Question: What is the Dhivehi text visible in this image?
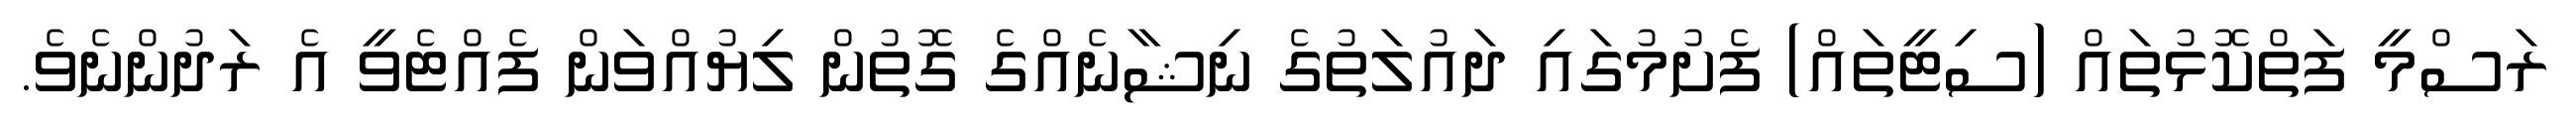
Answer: ރަސްމީ ފަތްކޮޅުތައް (ސިޓީތައް) ފެށުމުގައި ދައުލަތުގެ ނިޝާނެއްގެ ގޮތުން ލިޔުއްވަން ފެއްޓެވީ އެ ރަދުންނެވެ.